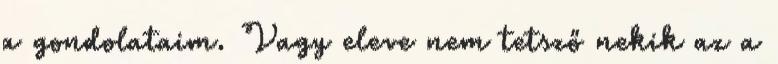
a gondolataim. Vagy eleve nem tetsző nekik az a